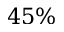
4 5 \%